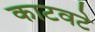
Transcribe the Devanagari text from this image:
काटवटे